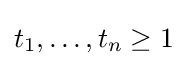
t_{1},\ldots ,t_{n}\geq 1